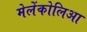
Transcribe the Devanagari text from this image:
मेलेंकोलिआ